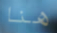
هنا